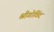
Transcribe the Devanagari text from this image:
श्रीगोविंद